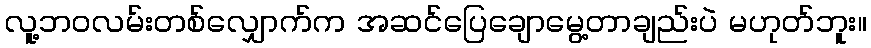
လူ့ဘဝလမ်းတစ်လျှောက်က အဆင်ပြေချောမွေ့တာချည်းပဲ မဟုတ်ဘူး။